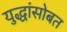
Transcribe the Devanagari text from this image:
युद्धांसोबत